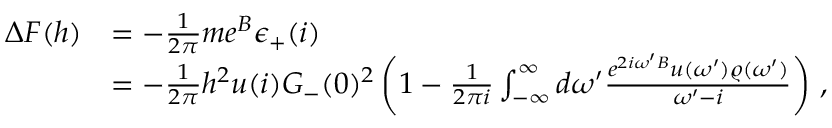
\begin{array} { r l } { \Delta F ( h ) } & { = - \frac { 1 } { 2 \pi } m e ^ { B } \epsilon _ { + } ( i ) } \\ & { = - \frac { 1 } { 2 \pi } h ^ { 2 } u ( i ) G _ { - } ( 0 ) ^ { 2 } \left( 1 - \frac { 1 } { 2 \pi i } \int _ { - \infty } ^ { \infty } d \omega ^ { \prime } \frac { e ^ { 2 i \omega ^ { \prime } B } u ( \omega ^ { \prime } ) \varrho ( \omega ^ { \prime } ) } { \omega ^ { \prime } - i } \right) \, , } \end{array}